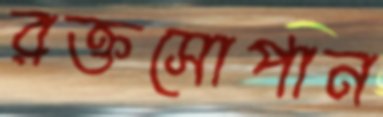
রক্তসোপান